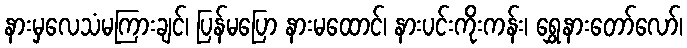
နားမှလေသံမကြားချင်၊ ပြန်မပြော နားမထောင်၊ နားပင်းကိုးကန်း၊ ရွှေနားတော်လော်၊